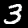
Digit: 3